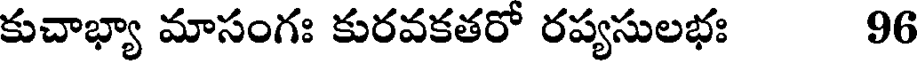
కుచాభ్యా మాసంగః కురవకతరో రప్యసులభః 96